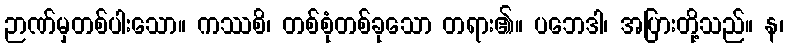
ဉာဏ်မှတစ်ပါးသော။ ကဿစိ၊ တစ်စုံတစ်ခုသော တရား၏။ ပဘေဒါ၊ အပြားတို့သည်။ န၊